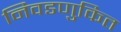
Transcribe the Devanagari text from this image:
निवडणुकित